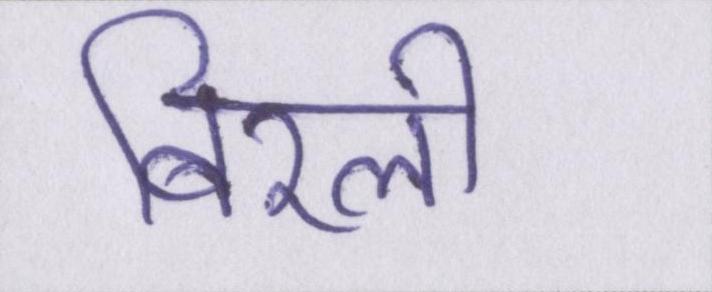
बिरली